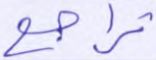
تراجع